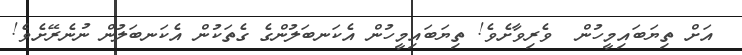
އަށް ތިޔަބައިމީހުން  ވެރިވާށެވެ! ތިޔަބައިމީހުން އެކަނބަލުންގެ ގެތަކުން އެކަނބަލުން ނުނެރޭށެވެ!